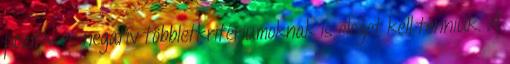
pozitív és negatív többletkritériumoknak is eleget kell tenniük. A